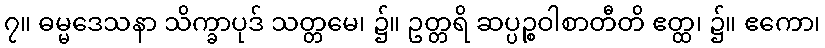
၇။ ဓမ္မဒေသနာ သိက္ခာပုဒ် သတ္တမေ၊ ၌။ ဥတ္တရိ ဆပ္ပဉ္စဝါစာတီတိ ဧတ္ထ၊ ၌။ ဧကော၊